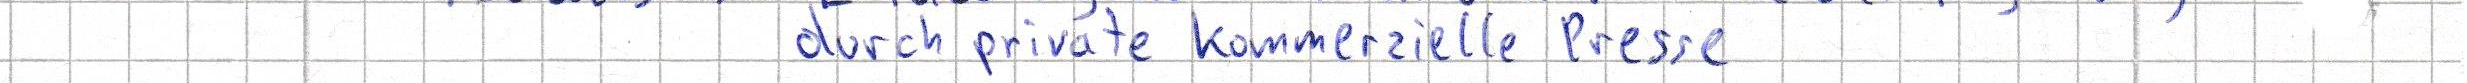
durch private kommerzielle Presse